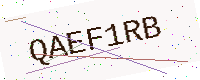
Text: QAEF1RB